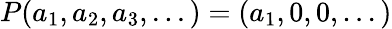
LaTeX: P(a_{1},a_{2},a_{3},...)=(a_{1},0,0,...)